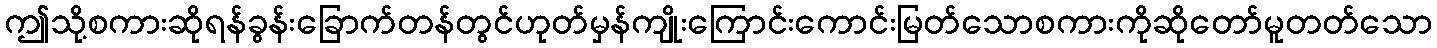
ဤသို့စကားဆိုရန်ခွန်းခြောက်တန်တွင်ဟုတ်မှန်ကျိုးကြောင်းကောင်းမြတ်သောစကားကိုဆိုတော်မူတတ်သော